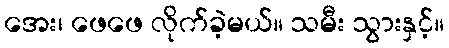
အေး၊ ဖေဖေ လိုက်ခဲ့မယ်။ သမီး သွားနှင့်။